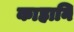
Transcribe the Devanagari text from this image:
काहानि